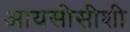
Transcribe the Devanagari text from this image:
आयसीसीशी